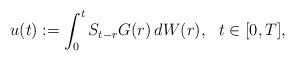
LaTeX: \begin{align*}u(t):=\int^t_0 S_{t-r}G (r)\,dW(r), \ \ t\in [0,T],\end{align*}